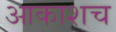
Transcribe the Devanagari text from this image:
आकाशच